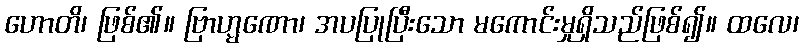
ဟောတိ၊ ဖြစ်၏။ ဗြာဟ္မဏော၊ အပပြုပြီးသော မကောင်းမှုရှိသည်ဖြစ်၍။ ထလေ၊